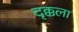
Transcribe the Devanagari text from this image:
दृक्कला